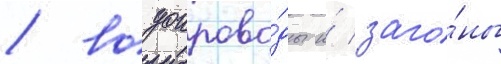
/ водопрово́ды и́ заго́ны